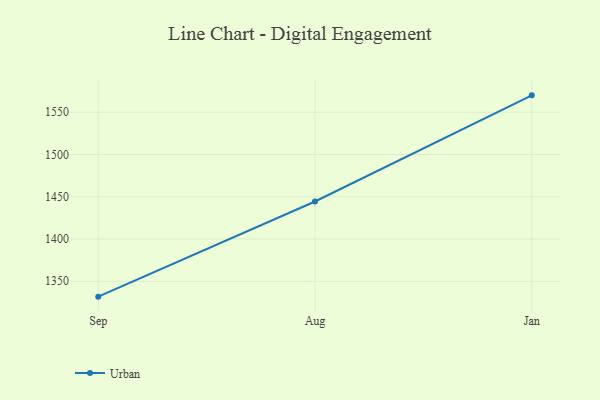
{"axis": {"x": "Month", "y": "Budget (USD K)"}, "legend": ["Urban"], "data": [{"x": "Sep", "y": 1331.8, "type": "Urban"}, {"x": "Aug", "y": 1444.4, "type": "Urban"}, {"x": "Jan", "y": 1570.0, "type": "Urban"}]}